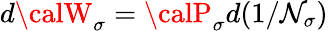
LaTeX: d{\calW}_{\sigma}={\calP}_{\sigma}d(1/\mathcal{N}_{\sigma})